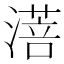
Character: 𬈸